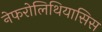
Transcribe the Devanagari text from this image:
नेफरोलिथियासिस